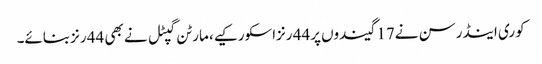
کوری اینڈرسن نے17 گیندوں پر44 رنزاسکورکیے، مارٹن گپٹل نے بھی 44 رنزبنائے۔